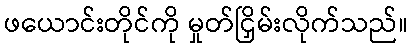
ဖယောင်းတိုင်ကို မှုတ်ငြှိမ်းလိုက်သည်။